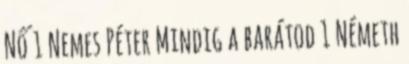
Nő 1 Nemes Péter Mindig a barátod 1 Németh